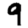
Digit: 9